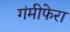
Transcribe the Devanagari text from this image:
गंमीफेरा